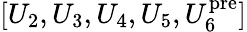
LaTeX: [U_{2},U_{3},U_{4},U_{5},U_{6}^{\mathrm{pre}}]